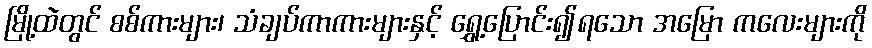
မြို့ထဲတွင် စစ်ကားများ၊ သံချပ်ကာကားများနှင့် ရွှေ့ပြောင်း၍ရသော အမြော ကလေးများကို